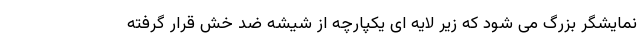
نمایشگر بزرگ می شود که زیر لایه ای یکپارچه از شیشه ضد خش قرار گرفته